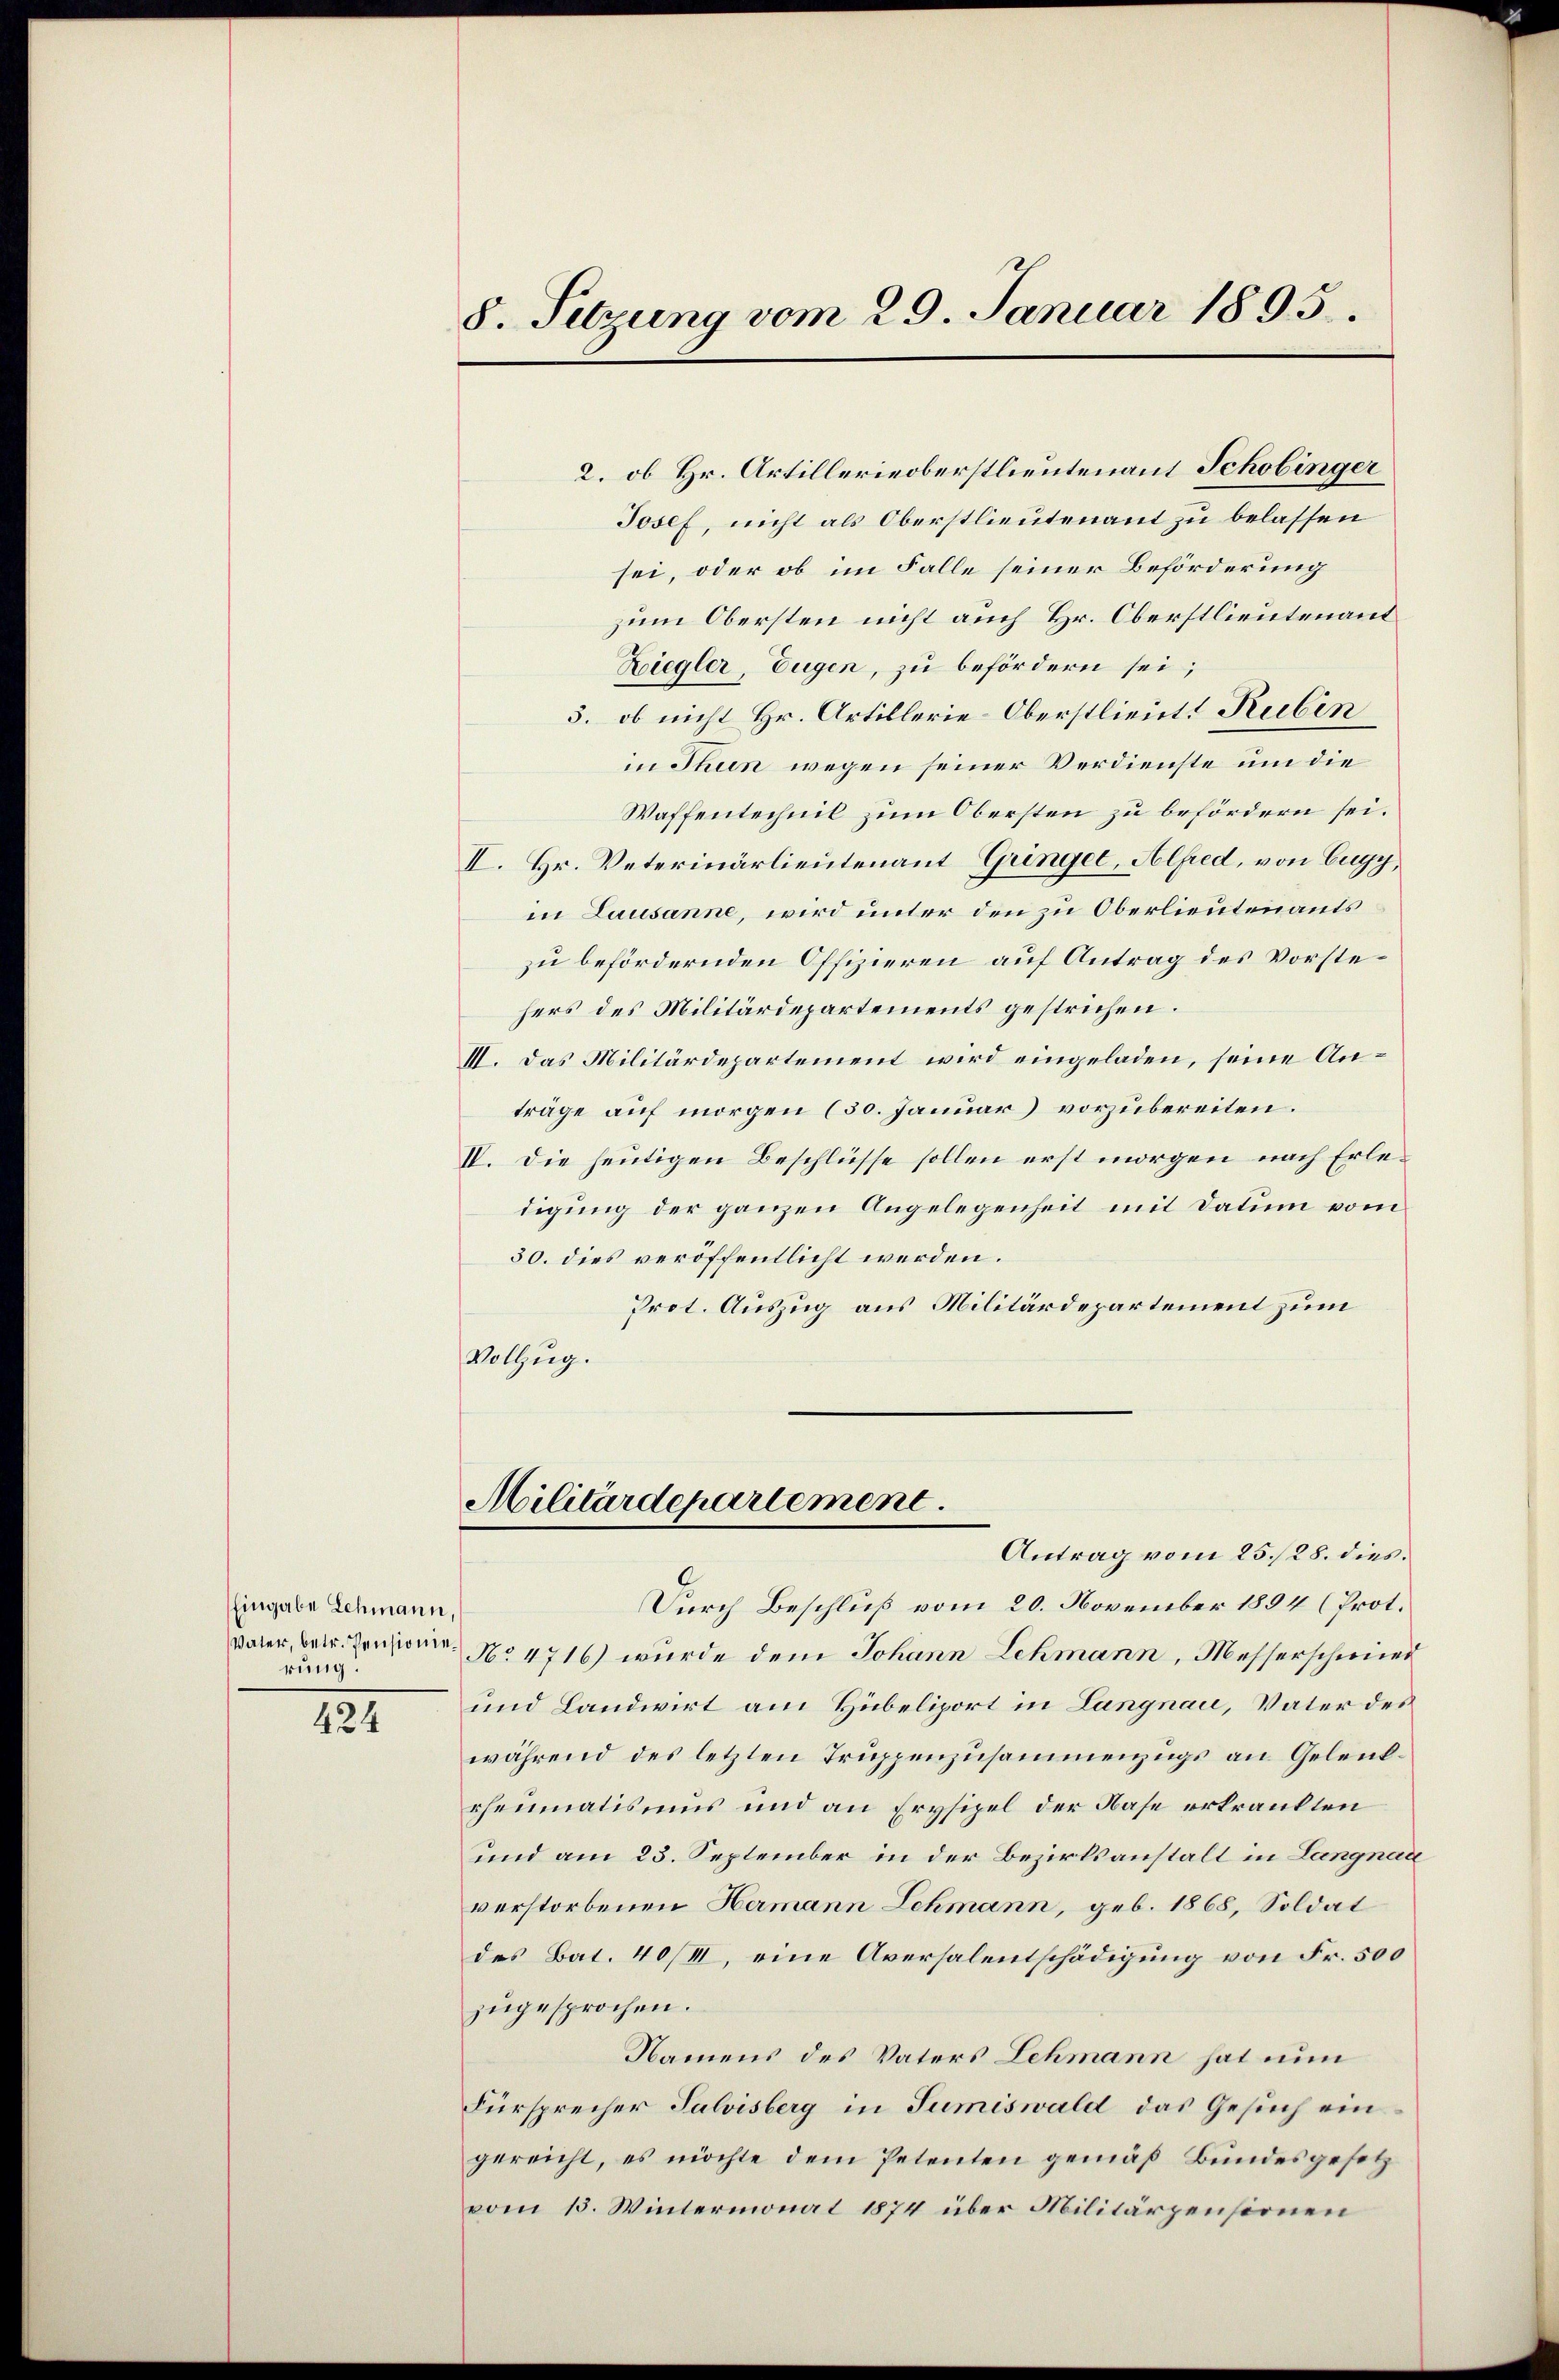
Eingabe Lehmann,
rung:

424

8. Setzung vom 29. Januar 1895.

2. ob Hr. Artillerieoberstlieutenant Schobinger
Josef, nicht als Oberstlieutenant zu belassen
sei, oder ob im Falle seiner Beförderung
zum Obersten nicht auch Hr. Oberstlieutenant
Ziegler, Eugen, zu befördern sei;
3. ob nicht Hr. Artillerie-Oberstlieutt Rubin
in Thun wegen seiner Verdienste um die
Waffentechnil zum Obersten zu befördern sei.
II. Hr. Veterinärlieutenant Gringet, Alfred, von Eugy,
in Lausanne, wird unter den zu Oberlieutenants
zu befördernden Offizieren auf Antrag des Vorstehers des Militärdepartements gestrichen.
III. Das Militärdepartement wird eingeladen, seine Anträge auf morgen (30. Januar) vorzubereiten.
IV. Die heutigen Beschlüsse sollen erst morgen nach Erledigung der ganzen Angelegenheit mit Datum vom
30. dies veröffentlicht werden.
Prot. Auszug aus Militärdepartement zum
Vollzug.

Militärdepartement.
Antrag vom 25./28. dies

Durch Beschluß vom 20. November 1894 (Prot.
Vater, betr. Personen No 4716) wurde dem Johann Lehmann, Messerschmied
und Landwirt am Hübeliport in Langnau, Vater des
während des letzten Truppenzusammenzugs an Gelenkrheumatismus und an Frysipel der Nase erkränkten
und am 23. September in der Bezirksanstalt in Langnau
verstorbenen Hermann Schmann, geb. 1868, Soldat
des Bat. 40/II, eine Aversalentschädigung von Fr. 500
zugesprochen.
Namens des Vaters Lehmann hat nun
Fürsprecher Salvisberg in Sumiswald das Gesuch ein
gereicht, es möchte dem Petenten gemäß Bundesgesetz
vom 13. Wintermonat 1874 über Militärpensionen